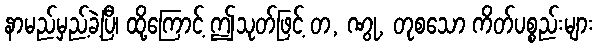
နာမည်မှည့်ခဲ့ပြီ၊ ထို့ကြောင့် ဤသုတ်ဖြင့် တ, ဏွု, တုစသော ကိတ်ပစ္စည်းများ